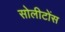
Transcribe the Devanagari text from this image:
सोलीटोंस